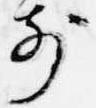
前